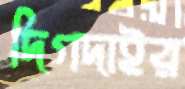
দিগদাইর